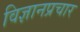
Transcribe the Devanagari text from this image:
विज्ञानप्रचार